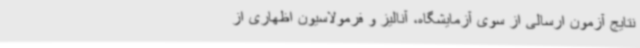
نتایج آزمون ارسالی از سوی آزمایشگاه، آنالیز و فرمولاسیون اظهاری از